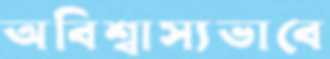
অবিশ্বাস্যভাবে